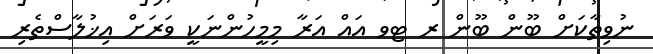
ނުވިތާކަށް ބޫން ބޫން ރ ޓވ އައް އަރާ މިމީހުންނަކީ ވަރަށް އިޚުލާސްތެރި